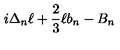
i \Delta _ { n } \ell + { \frac { 2 } { 3 } } \ell b _ { n } - B _ { n }